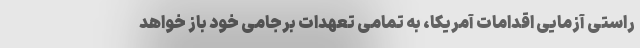
راستی آزمایی اقدامات آمریکا، به تمامی تعهدات برجامی خود باز خواهد